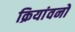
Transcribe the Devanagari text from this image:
क्रियांवनों